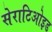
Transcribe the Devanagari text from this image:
सेराटिओइड